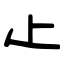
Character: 龰